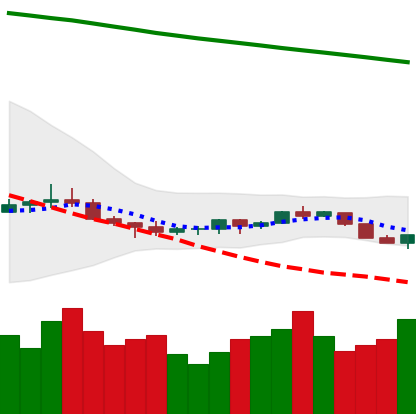
Ticker: ETC-USD
Chart end date: 2022-07-13
Forward return: 76.594%
Label: up_7plus